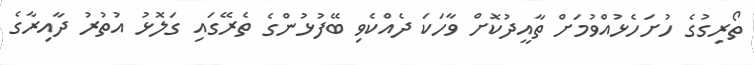
ތޯރިގުގެ ހުށަހެޅުއްވުމަށް ތާއީދުކޮށް ވާހަކަ ދެއްކެވި ބޭފުޅުންގެ ތެރޭގައި ގަލޮޅު އުތުރު ދާއިރާގެ